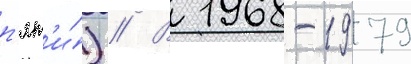
п'ят'и́) // В 1968-1979